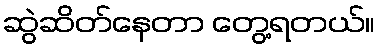
ဆွဲဆိတ်နေတာ တွေ့ရတယ်။